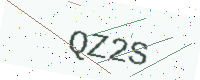
Text: QZ2S